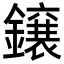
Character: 𮣐